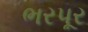
ભરપૂર